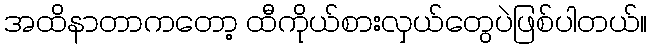
အထိနာတာကတော့ ထီကိုယ်စားလှယ်တွေပဲဖြစ်ပါတယ်။